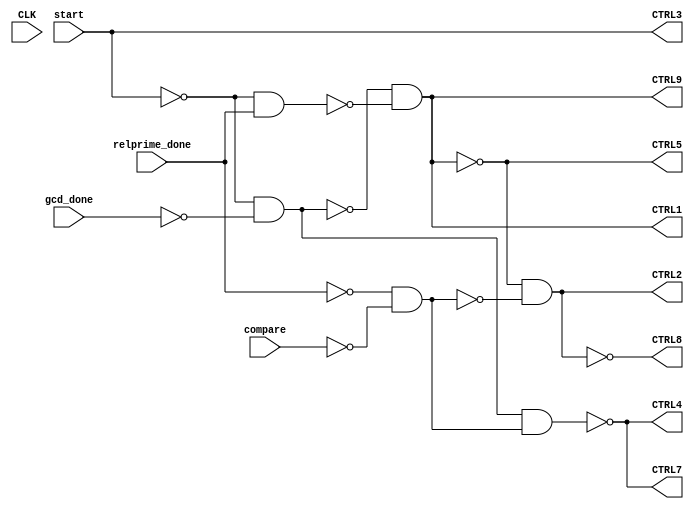
/* Generated by Yosys 0.28+1 (git sha1 a9c792dce, clang 10.0.0-4ubuntu1 -fPIC -Os) */

(* hdlname = "\\\\control" *)
(* top =  1  *)
(* src = "control.v:3.1-77.10" *)
module control(gcd_done, start, compare, CLK, relprime_done, CTRL1, CTRL2, CTRL3, CTRL4, CTRL5, CTRL7, CTRL8, CTRL9);
  wire _00_;
  wire _01_;
  wire _02_;
  wire _03_;
  wire _04_;
  wire _05_;
  (* src = "control.v:9.17-9.22" *)
  wire _06_;
  (* src = "control.v:10.14-10.19" *)
  wire _07_;
  (* src = "control.v:12.14-12.19" *)
  wire _08_;
  (* src = "control.v:13.14-13.19" *)
  wire _09_;
  (* src = "control.v:15.14-15.19" *)
  wire _10_;
  (* src = "control.v:6.9-6.16" *)
  wire _11_;
  (* src = "control.v:4.12-4.20" *)
  wire _12_;
  wire _13_;
  wire _14_;
  wire _15_;
  wire _16_;
  wire _17_;
  wire _18_;
  wire _19_;
  wire _20_;
  wire _21_;
  (* src = "control.v:8.9-8.22" *)
  wire _22_;
  (* src = "control.v:5.9-5.14" *)
  wire _23_;
  (* src = "control.v:7.9-7.12" *)
  input CLK;
  wire CLK;
  (* src = "control.v:9.17-9.22" *)
  output CTRL1;
  wire CTRL1;
  (* src = "control.v:10.14-10.19" *)
  output CTRL2;
  wire CTRL2;
  (* src = "control.v:11.14-11.19" *)
  output CTRL3;
  wire CTRL3;
  (* src = "control.v:12.14-12.19" *)
  output CTRL4;
  wire CTRL4;
  (* src = "control.v:13.14-13.19" *)
  output CTRL5;
  wire CTRL5;
  (* src = "control.v:14.14-14.19" *)
  output CTRL7;
  wire CTRL7;
  (* src = "control.v:15.14-15.19" *)
  output CTRL8;
  wire CTRL8;
  (* src = "control.v:16.14-16.19" *)
  output CTRL9;
  wire CTRL9;
  (* src = "control.v:6.9-6.16" *)
  input compare;
  wire compare;
  (* src = "control.v:4.12-4.20" *)
  input gcd_done;
  wire gcd_done;
  (* src = "control.v:8.9-8.22" *)
  input relprime_done;
  wire relprime_done;
  (* src = "control.v:5.9-5.14" *)
  input start;
  wire start;
  assign _13_ = ~_23_;
  assign _14_ = ~_12_;
  assign _15_ = ~_22_;
  assign _16_ = ~_11_;
  assign _17_ = ~(_13_ & _14_);
  assign _18_ = ~_17_;
  assign _19_ = ~(_13_ & _22_);
  assign _09_ = ~(_17_ & _19_);
  assign _06_ = ~_09_;
  assign _20_ = ~(_15_ & _16_);
  assign _21_ = ~_20_;
  assign _10_ = ~(_09_ & _20_);
  assign _07_ = ~_10_;
  assign _08_ = ~(_18_ & _21_);
  assign CTRL3 = start;
  assign CTRL7 = CTRL4;
  assign CTRL9 = CTRL1;
  assign _23_ = start;
  assign _12_ = gcd_done;
  assign _22_ = relprime_done;
  assign CTRL5 = _09_;
  assign _11_ = compare;
  assign CTRL2 = _07_;
  assign CTRL1 = _06_;
  assign CTRL8 = _10_;
  assign CTRL4 = _08_;
endmodule